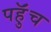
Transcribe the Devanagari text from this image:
पहुॅंच